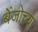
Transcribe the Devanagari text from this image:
बेंजोच्या